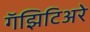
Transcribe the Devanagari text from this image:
गॅझिटिअरे